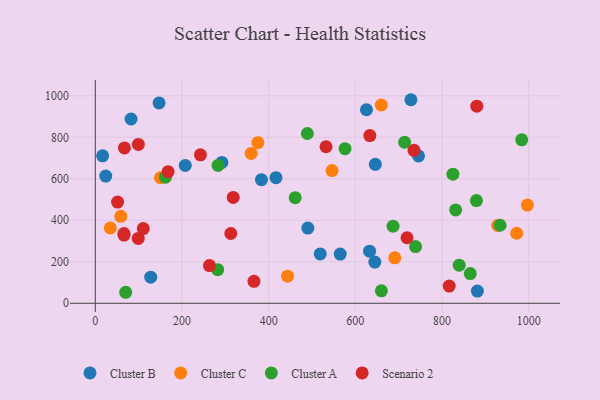
{"axis": {"x": "Study Hours", "y": "Rating"}, "legend": ["Cluster A", "Cluster B", "Cluster C", "Scenario 2"], "data": [{"x": "632.9", "y": 251.2, "type": "Cluster B"}, {"x": "82.5", "y": 888.3, "type": "Cluster B"}, {"x": "881.7", "y": 58.7, "type": "Cluster B"}, {"x": "147.2", "y": 965.6, "type": "Cluster B"}, {"x": "207.6", "y": 664.4, "type": "Cluster B"}, {"x": "16.9", "y": 710.7, "type": "Cluster B"}, {"x": "383.4", "y": 595.6, "type": "Cluster B"}, {"x": "416.9", "y": 605.6, "type": "Cluster B"}, {"x": "490.5", "y": 362.4, "type": "Cluster B"}, {"x": "292.1", "y": 678.8, "type": "Cluster B"}, {"x": "24.1", "y": 613.3, "type": "Cluster B"}, {"x": "519.1", "y": 237.7, "type": "Cluster B"}, {"x": "728.4", "y": 981.1, "type": "Cluster B"}, {"x": "625.7", "y": 932.8, "type": "Cluster B"}, {"x": "645.1", "y": 198.5, "type": "Cluster B"}, {"x": "565.2", "y": 236.9, "type": "Cluster B"}, {"x": "646.2", "y": 669.6, "type": "Cluster B"}, {"x": "127.9", "y": 125.9, "type": "Cluster B"}, {"x": "745.9", "y": 710.4, "type": "Cluster B"}, {"x": "58.8", "y": 419.0, "type": "Cluster C"}, {"x": "997.1", "y": 473.1, "type": "Cluster C"}, {"x": "691.1", "y": 219.2, "type": "Cluster C"}, {"x": "359.6", "y": 722.5, "type": "Cluster C"}, {"x": "375.2", "y": 774.3, "type": "Cluster C"}, {"x": "972.4", "y": 337.4, "type": "Cluster C"}, {"x": "150.4", "y": 605.0, "type": "Cluster C"}, {"x": "928.6", "y": 375.1, "type": "Cluster C"}, {"x": "443.6", "y": 130.7, "type": "Cluster C"}, {"x": "660.0", "y": 955.6, "type": "Cluster C"}, {"x": "34.6", "y": 363.0, "type": "Cluster C"}, {"x": "546.3", "y": 639.5, "type": "Cluster C"}, {"x": "660.2", "y": 60.2, "type": "Cluster A"}, {"x": "687.1", "y": 371.4, "type": "Cluster A"}, {"x": "282.5", "y": 162.0, "type": "Cluster A"}, {"x": "839.7", "y": 183.8, "type": "Cluster A"}, {"x": "984.0", "y": 788.0, "type": "Cluster A"}, {"x": "70.1", "y": 53.0, "type": "Cluster A"}, {"x": "489.4", "y": 818.3, "type": "Cluster A"}, {"x": "825.3", "y": 622.1, "type": "Cluster A"}, {"x": "283.2", "y": 664.2, "type": "Cluster A"}, {"x": "713.8", "y": 776.1, "type": "Cluster A"}, {"x": "576.3", "y": 745.3, "type": "Cluster A"}, {"x": "934.1", "y": 376.1, "type": "Cluster A"}, {"x": "865.3", "y": 142.9, "type": "Cluster A"}, {"x": "461.3", "y": 508.8, "type": "Cluster A"}, {"x": "879.5", "y": 495.2, "type": "Cluster A"}, {"x": "831.6", "y": 449.8, "type": "Cluster A"}, {"x": "739.1", "y": 273.4, "type": "Cluster A"}, {"x": "161.9", "y": 607.9, "type": "Cluster A"}, {"x": "263.5", "y": 181.6, "type": "Scenario 2"}, {"x": "168.0", "y": 634.5, "type": "Scenario 2"}, {"x": "880.4", "y": 949.9, "type": "Scenario 2"}, {"x": "312.7", "y": 336.4, "type": "Scenario 2"}, {"x": "51.4", "y": 487.6, "type": "Scenario 2"}, {"x": "110.7", "y": 359.8, "type": "Scenario 2"}, {"x": "719.3", "y": 315.7, "type": "Scenario 2"}, {"x": "67.2", "y": 749.0, "type": "Scenario 2"}, {"x": "66.3", "y": 328.7, "type": "Scenario 2"}, {"x": "242.6", "y": 715.3, "type": "Scenario 2"}, {"x": "633.6", "y": 808.2, "type": "Scenario 2"}, {"x": "816.7", "y": 82.9, "type": "Scenario 2"}, {"x": "66.2", "y": 336.1, "type": "Scenario 2"}, {"x": "532.4", "y": 754.4, "type": "Scenario 2"}, {"x": "318.2", "y": 510.0, "type": "Scenario 2"}, {"x": "99.1", "y": 312.6, "type": "Scenario 2"}, {"x": "735.4", "y": 737.4, "type": "Scenario 2"}, {"x": "366.1", "y": 105.7, "type": "Scenario 2"}, {"x": "99.4", "y": 765.6, "type": "Scenario 2"}]}